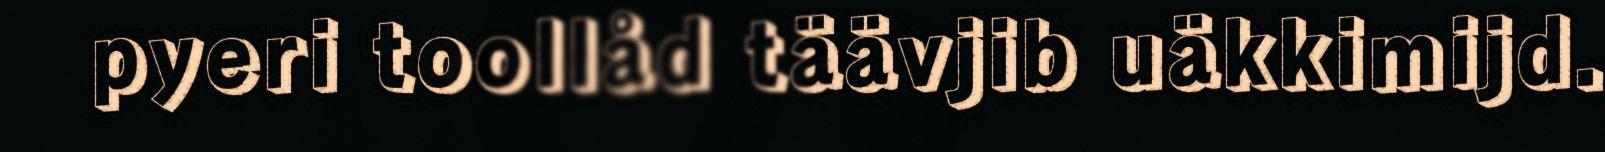
pyeri toollåd täävjib uäkkimijd.